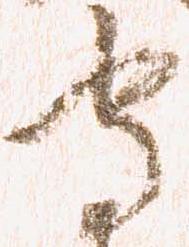
守